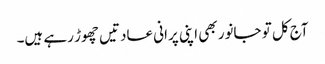
آج کل تو جانور بھی اپنی پرانی عادتیں چھوڑ رہے ہیں۔